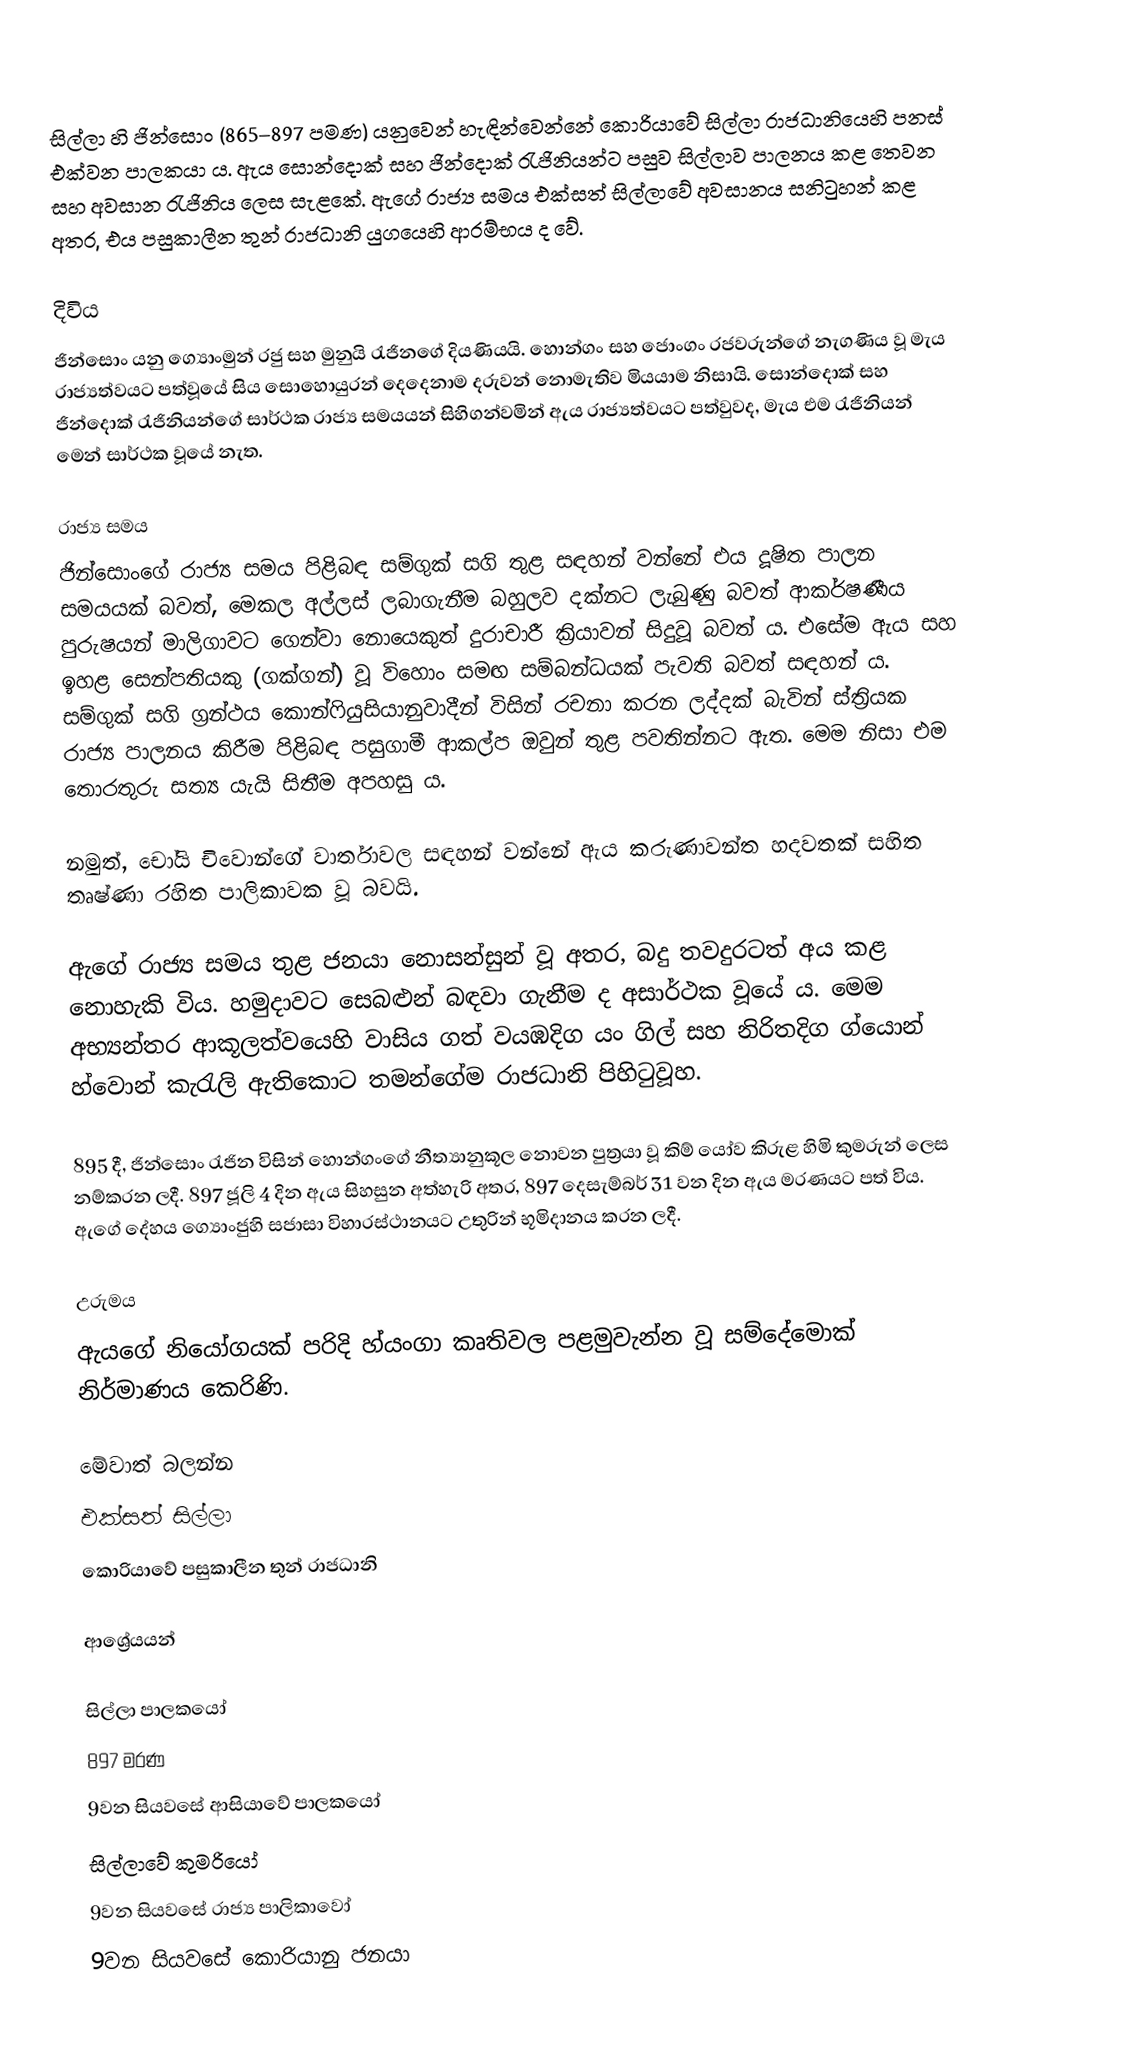
සිල්ලා හි ජින්සොං (865–897 පමණ) යනුවෙන් හැඳින්වෙන්නේ කොරියාවේ සිල්ලා රාජධානියෙහි පනස් එක්වන පාලකයා ය. ඇය සොන්දොක් සහ ජින්දොක් රැජිනියන්ට පසුව සිල්ලාව පාලනය කළ තෙවන සහ අවසාන රැජිනිය ලෙස සැළකේ. ඇගේ රාජ්‍ය සමය එක්සත් සිල්ලාවේ අවසානය සනිටුහන් කළ අතර, එය පසුකාලීන තුන් රාජධානි යුගයෙහි ආරම්භය ද වේ.

දිවිය
ජින්සොං යනු ග්‍යොංමුන් රජු සහ මුනුයි රැජිනගේ දියණියයි. හොන්ගං සහ ජොංගං රජවරුන්ගේ නැගණිය වූ මැය රාජ්‍යත්වයට පත්වූයේ සිය සොහොයුරන් දෙදෙනාම දරුවන් නොමැතිව මියයාම නිසායි. සොන්දොක් සහ ජින්දොක් රැජිනියන්ගේ සාර්ථක රාජ්‍ය සමයයන් සිහිගන්වමින් ඇය රාජ්‍යත්වයට පත්වුවද, මැය එම රැජිනියන් මෙන් සාර්ථක වූයේ නැත.

රාජ්‍ය සමය
ජින්සොංගේ රාජ්‍ය සමය පිළිබඳ සම්ගුක් සගි තුළ සඳහන් වන්නේ එය දූෂිත පාලන සමයයක් බවත්, මෙකල අල්ලස් ලබාගැනීම බහුලව දක්නට ලැබුණු බවත් ආකර්ෂණීය පුරුෂයන් මාලිගාවට ගෙන්වා නොයෙකුත් දුරාචාරී ක්‍රියාවන් සිදුවූ බවත් ය. එසේම ඇය සහ ඉහළ සෙන්පතියකු (ගක්ගන්) වූ විහොං සමඟ සම්බන්ධයක් පැවති බවත් සඳහන් ය. සම්ගුක් සගි ග්‍රන්ථය කොන්ෆියුසියානුවාදීන් විසින් රචනා කරන ලද්දක් බැවින් ස්ත්‍රියක රාජ්‍ය පාලනය කිරීම පිළිබඳ පසුගාමී ආකල්ප ඔවුන් තුළ පවතින්නට ඇත. මෙම නිසා එම තොරතුරු සත්‍ය යැයි සිතීම අපහසු ය.

නමුත්, චෝයි චිවොන්ගේ වාර්තාවල සඳහන් වන්නේ ඇය කරුණාවන්ත හදවතක් සහිත තෘෂ්ණා රහිත පාලිකාවක වූ බවයි.

ඇගේ රාජ්‍ය සමය තුළ ජනයා නොසන්සුන් වූ අතර, බදු තවදුරටත් අය කළ නොහැකි විය. හමුදාවට  සෙබළුන් බඳවා ගැනීම ද අසාර්ථක වූයේ ය. මෙම අභ්‍යන්තර ආකූලත්වයෙහි වාසිය ගත් වයඹදිග යං ගිල් සහ නිරිතදිග ග්යොන් හ්වොන් කැරැලි ඇතිකොට තමන්ගේම රාජධානි පිහිටුවූහ.

895 දී, ජින්සොං රැජින විසින් හොන්ගංගේ නීත්‍යානුකූල නොවන පුත්‍රයා වූ කිම් ‍යෝව කිරුළ හිමි කුමරුන් ලෙස නම්කරන ලදී. 897 ජූලි 4 දින ඇය සිහසුන අත්හැරි අතර, 897 දෙසැම්බර් 31 වන දින ඇය මරණයට පත් විය. ඇගේ දේහය ග්‍යොංජුහි සජාසා විහාරස්ථානයට උතුරින් භූමිදානය කරන ලදී.

උරුමය
ඇයගේ නියෝගයක් පරිදි හ්යංගා කෘතිවල පළමුවැන්න වූ සම්දේමොක් නිර්මාණය කෙරිණි.

මේවාත් බලන්න
එක්සත් සිල්ලා
කොරියාවේ පසුකාලීන තුන් රාජධානි

ආශ්‍රේයයන්

සිල්ලා පාලකයෝ
897 මරණ
9වන සියවසේ ආසියාවේ පාලකයෝ
සිල්ලාවේ කුමරියෝ
9වන සියවසේ රාජ්‍ය පාලිකාවෝ
9වන සියවසේ කොරියානු ජනයා